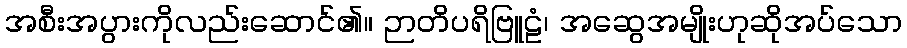
အစီးအပွားကိုလည်းဆောင်၏။ ဉာတိပရိဗြူဠံ၊ အဆွေအမျိုးဟုဆိုအပ်သော